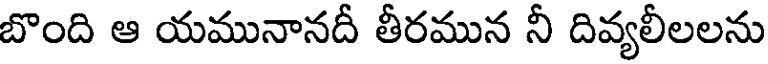
బొంది ఆ యమునానదీ తీరమున నీ దివ్యలీలలను